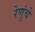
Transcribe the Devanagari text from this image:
रेणुंचे